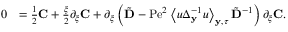
\begin{array} { r l } { 0 } & { = \frac { 1 } { 2 } \mathbf { C } + \frac { \xi } { 2 } \partial _ { \xi } \mathbf { C } + \partial _ { \xi } \left( \tilde { \mathbf { D } } - \mathrm { P e } ^ { 2 } \left\langle u \Delta _ { \mathbf { y } } ^ { - 1 } u \right\rangle _ { \mathbf { y } , \tau } \tilde { \mathbf { D } } ^ { - 1 } \right) \partial _ { \xi } \mathbf { C } . } \end{array}